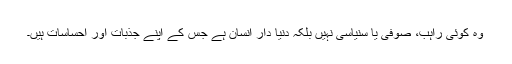
وہ کوئی راہب، صوفی یا سنیاسی نہیں بلکہ دنیا دار انسان ہے جس کے اپنے جذبات اور احساسات ہیں۔